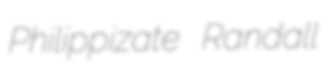
Philippizate Randall